Indian journal of veterinary science and animal husbandry - Volumes 15-17, 1948-1951
Year: 1948
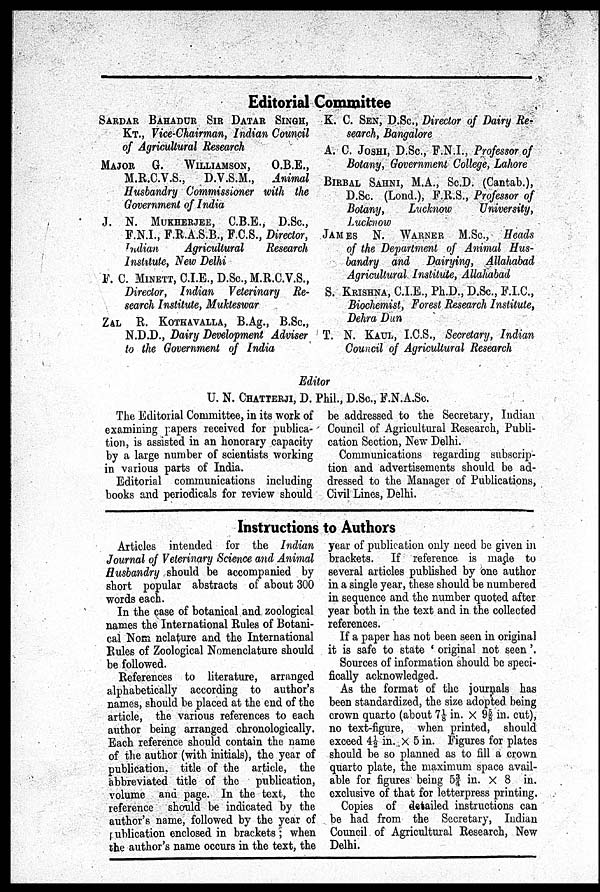
Editorial Committee
SARDAR BAHADUR SIR DATAR SINGH,
KT., Vice-Chairman, Indian Council
of Agricultural Research
MAJOR G. WILLIAMSON, O.B.E.,
M.R.C.V.S.,
D.V.S.M.,
Animal
Husbandry Commissioner with the
Government of India
J. N.MUKHERJEE, C.B.E., D.Sc.,
F.N.I., F.R.A.S.B., F.C.S., Director,
Indian
Agricultural
Research
Institute, New Delhi
F. C. MINETT, C.I.E., D.Sc., M.R.C.V.S.,
Director, Indian Veterinary Re-
search Institute, Mukteswar
ZAL R. KOTHAVALLA,B.Ag., B.Sc.,
N.D.D., Dairy Development Adviser
to the Government of India
K. C. SEN, D.Sc., Director of Dairy Re-
search, Bangalore
A. C. JOSHI, D.Sc., F.N.I., Professor of
Botany, Government College, Lahore
BIRBAL SAHNI,M.A., Sc.D. (Cantab.),
D.Sc. (Lond.), F.R.S., Professor of
Botany,
Lucknow
University,
Lucknow
JAMES N. WARNERM.Sc.,
Heads
of the Department of Animal Hus-
bandry and Dairying, Allahabad
Agricultural Institute, Allahabad
S. KRISHNA, C.I.E., Ph.D., D.Sc., F.I.C.,
Biochemist, Forest Research Institute,
Dehra Dun
T. N. KAUL, I.C.S., Secretary, Indian
Council of Agricultural Research
Editor
U. N. CHATTERJI, D. Phil., D.Sc., F.N.A.Sc.
The Editorial Committee, in its work of
examining papers received for publica
tion, is assisted in an honorary capacity
by a large number of scientists working
in various parts of India.
Editorial communications including
books and periodicals for review should
be addressed to the Secretary, Indian
Council of Agricultural Research, Publi
cation Section, New Delhi.
Communications regarding subscrip
tion and advertisements should be ad
dressed to the Manager of Publications,
Civil Lines, Delhi.
Instructions to Authors
Articles intended for the Indian
Journal of Veterinary Science and Animal
Husbandry should be accompanied by
short popular abstracts of about 300
words each.
In the case of botanical and zoological
names the International Rules of Botani
cal Nom nclature and the International
Rules of Zoological Nomenclature should
be followed.
References to literature, arranged
alphabetically according to author's
names, should be placed at the end of the
article, the various references to each
author being arranged chronologically.
Each reference should contain the name
of the author (with initials), the year of
publication, title of the article, the
abbreviated title of the
publication,
volume and page. In the text, the
reference should be indicated by the
author's name, followed by the year of
publication enclosed in brackets; when
the author's name occurs in the text, the
year of publication only need be given in
brackets. If reference is made to
several articles published by one author
in a single year, these should be numbered
in sequence and the number quoted after
year both in the text and in the collected
references.
If a paper has not been seen in original
it is safe to state 'original not seen'.
Sources of information should be speci
fically acknowledged.
As the format of the journals has
been standardized, the size adopted being
crown quarto (about 7⅛ in. × 9⅝ in. cut),
no text-figure, when printed, should
exceed 4½ in. × 5 in. Figures for plates
should be so planned as to fill a crown
quarto plate, the maximum space avail
able for figures being 5¾ in. × 8 in.
exclusive of that for letterpress printing.
Copies of detailed instructions can
be had from the Secretary, Indian
Council of Agricultural Research, New
Delhi.